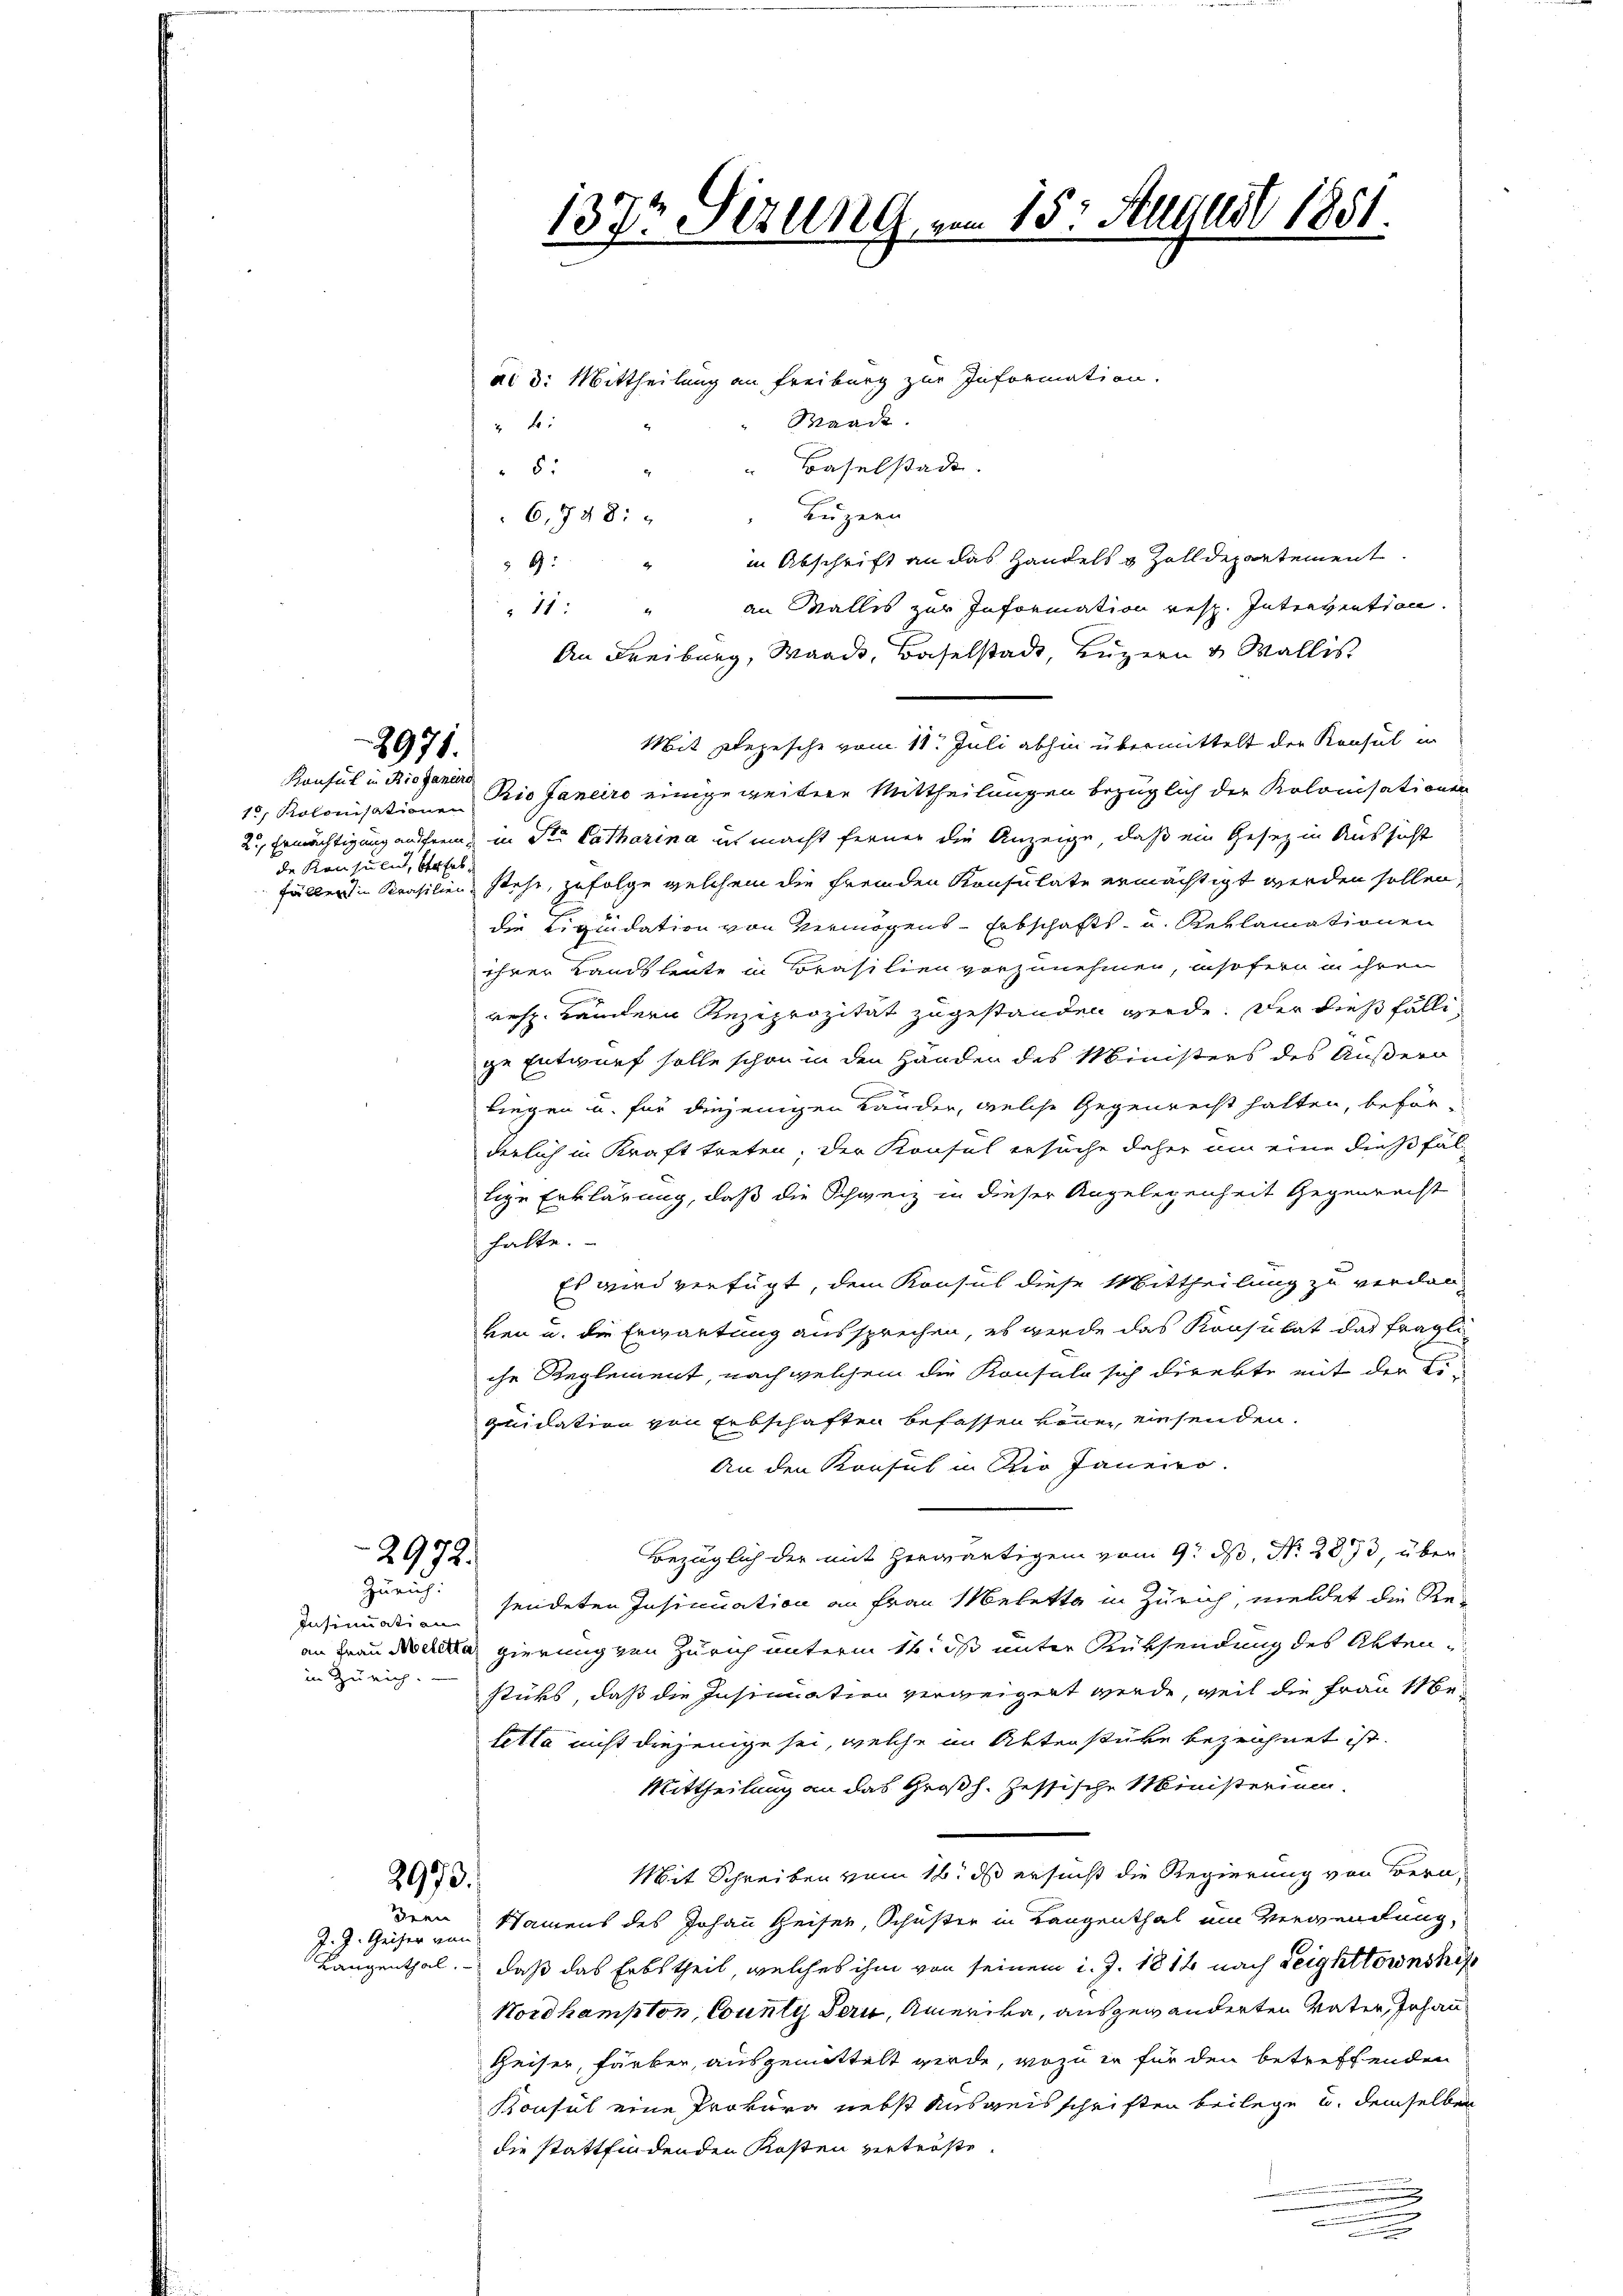
8971.

Konsul in Bioganaro
de Konsulat, verheb¬

2972.
Zürich:

Insinuation
in Zürich.

2973.
drei
J. J. Geiser von

ai d. Mittheilung an Freiburg zur Information.
Waadt.

“ Baselstadt
8.
Luzern
6,148:
in Abschrift an das Handels & Zolldepartement
§ 9:
A
an Wallis zur Information resp. Intervention.
11:
x
An Freiburg, Waadt, Baselstadt, Luzern & Wallis,
Mit Depesche vom 11. Juli abhin übermittelt der Konsul in
1, Kolonisationen Rio Janeiro einige weitere Mittheilungen bezüglich der Kolonisationen
2., Ermächtigung auffrem, in St. Catharina in macht ferner die Anzeige, daß ein Gesetz in Aussicht
fällen in Krasilien stehe, zufolge welchem die fremden Konsulate ermächtigt werden sollen,
die Liquidation von Vermögens-Erbschafts- u. Reklamationen
ihrer Landsleute in Brasilien vorzunehmen, insofern in ihren
resp. Ländern Reziprozität zugestanden werde. Der dießfällige Entwurf solle schon in den Händen des Ministers des Äußero
liegen u. für diejenigen Lander, welche Gegenrecht halten, beförderlich in Kraft treten, der Konsul ersuche daher um eine dießfällige Erklärung, daß die Schweiz in dieser Angelegenheit Gegenrecht
halte.
Es wird verfügt, dem Konsul diese Mittheilung zu verdan-
ken u. die Erwartung aussprechen, es werde das Konsulat das fragli
che Reglement, nach welchem die Konsula sich direkte mit der Ei-
quidation von Erbschaften befassen könne, einsenden.
An den Konsul in Rio Janeiro.
Bezüglich der mit herwärtigen vom 9. ds. No. 2873, über
sendeten Insinuation an Frau Meletta in Zürich, meldet die Re-
an Frau Necka gierung von Zürich unterm 11. ds unter Rüksendung des Aktenstüks, daß die Insinuation verweigert werde, weil die Frau Me-
lette nicht diejenige sei, welche im Alterstüke bezeichnet ist.
Mittheilung an das Großh. Zessische Ministerium.
Mit Schreiben vom 16. ds ersucht die Regierung von Bera¬
Namens des Johann Heiser, Schuster in Langenthal um Verwendung,
Langenthal. - daß das Erbstheil, welches ihm von seinem i. J. 1814 nach Leighttornshif¬
Nordhampton, County Bau, Amerika, ausgewänderten Vater, Johan¬
Heiser, Färber, ausgemittelt werde, wozu in für den betreffenden
Konsul eine Prokura nebst Ausweisschriften beilege u. demselben
die stattfindenden Kosten vertröste.
.
e

1377 Sizung, vom 15. August 1881.